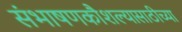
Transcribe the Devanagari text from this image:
संभाषणकौशल्यासाठीच्या